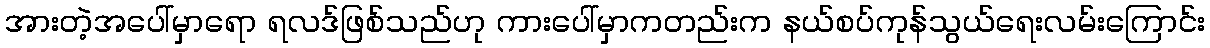
အားတဲ့အပေါ်မှာရော ရလဒ်ဖြစ်သည်ဟု ကားပေါ်မှာကတည်းက နယ်စပ်ကုန်သွယ်ရေးလမ်းကြောင်း